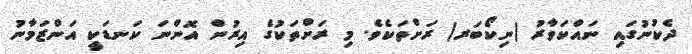
ދެކުނުގައި ނައްކަވާރު (ނިކޯބަރ) ރަށްތަކެވެ. މި ރަށްތަކުގެ އިރުން އޮންނަ ކަނޑަކީ އަންޒަމާނު